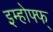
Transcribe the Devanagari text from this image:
इम्होफ्फ्